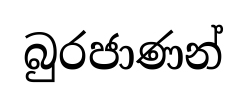
බුරජාණන්